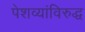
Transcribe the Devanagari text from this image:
पेशव्यांविरुद्ध